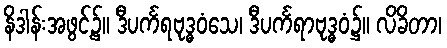
နိဒါန်းအဖွင့်၌။ ဒီပင်္ကရဗုဒ္ဓဝံသေ၊ ဒီပင်္ကရာဗုဒ္ဓဝံ၌။ လိခိတာ၊